Report on horse surra - Volume I
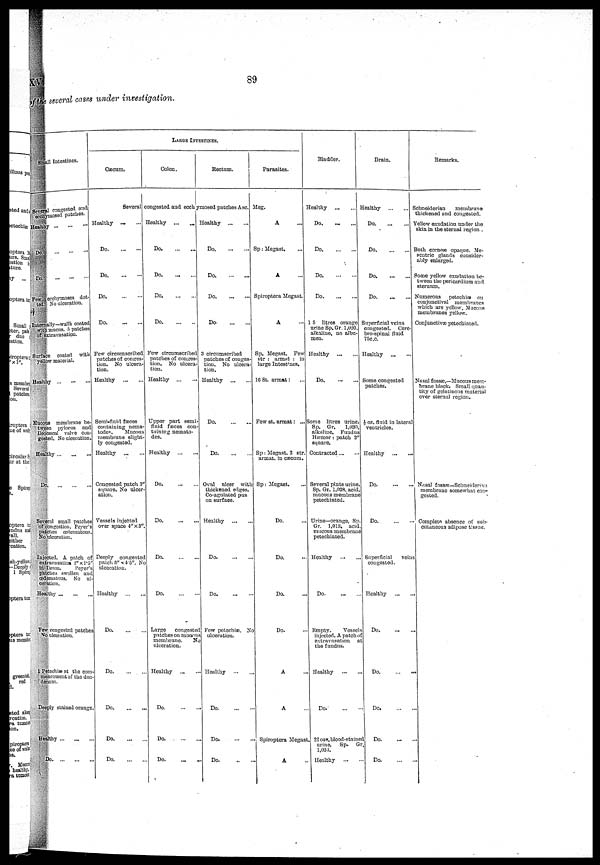
XV.
89
of the several cases under investigation.
Small Intestines.
several congested and
ecchymosed patches.
Healthy ... ... ...
Do. ... ... ...
Do. ... ... ...
Fow ecchymoses dot-
ted. No ulceration.
Internally-walls coated
with mucus. 5 patches
of extravasation.
Surface coatod with
yellow material.
Healthy ... ... ...
Mucous membrane be-
tween pylorus and
Ileocecal valve con-
gested. No ulcoratiou.
Healthy ... ... ...
Do.
...
...
Several small patches
of cougrestiou. Pever's
patches œdeinutoue
No ulceration.
Injected. A patch of
extra ava sation 2" x 1.5"
in-Iieum.
Payer's
patches swollen and
œdenmtous. No ul
ceratiou.
Healthy
Few congested patches
No ulceration.
1 Petechiæ at the com-
menccincutof the duo-
denum.
Deeply stninod orange.
Healthy ... ... ...
Do. ... ...
LAUGH INTESTINES.
Cæcum.
Several
Healthy... ...
Do. ... ...
Do. ... ...
Do. ... ...
Do.
...
...
Few circumscribed
patches of conges-
tion. No ulcera-
tion.
Healthy
...
...
Semi-fluid faeces
containing nema-
todes..
Mucous
membrane slight-
ly congested.
Healthy
Congested patch 3"
square. No ulcer-
ation.
Vessels injected
over space 4"x3".
Deeply coneostcd
patch 5"x-4.5". No
ulcoration.
Hoalthy
...
...
Do.
...
...
Do.
...
...
Do
Do.
...
...
Do.
...
...
Colon.
congested and ecch y
Healthy ... ...
Do. ... ... ...
Do. ... ...
Do. ... ...
Do.
...
...
Few circumscribed
pntches of conges-
tion. No ulcera-
tion.
Healthy
Upper part semi-
fluid fæces con-
taining nemato-
des.
Healthy
Do
Do
Do
Do.
Largo congested
patches on muonus
membrane. No
ulceration.
Healthy ... ...
Do.
...
...
Do.
...
...
Do
Rectum.
mosed patches Asc.
Healthy ... ...
Do. ... ...
Do. ... ...
Do. ... ...
Do-
3 circumscribed
patches of conges-
tion. No ulcera-
tion.
Healthy
...
...
Do.
...
...
Do.
...
...
Oval ulcer with
thickened edges.
Co-aguluted pus
on surfaoe.
Healthy
Do
Do
Few petechiæ. No
ulceration.
Healthy ... ...
Do.
...
...
Do.
...
...
Do. ... ...
Parasites.
Meg.
A ...
Sp: Megast. ...
A ...
Spiroptora Megast.
A ...
Sp. Megast. Few
str : armat : in
large Intestincs.
16 St. armat: ...
Few st. armat: ...
Sp: Megast. 2 str.
armat. iu cæcum.
Sp: Megast.
Do. ...
Do. ...
Do. ...
Do. ...
A ...
A ...
Spiroptera Megast.
A
Bladder.
Healthy ... ...
Do. ... ...
Do. ... ...
Do. ... ...
Do. ... ...
1 5 litres orange
urine Sp.Gr. 1,020
alkaline, no albu-
men.
Healthy ... ...
Do. ... ...
Some litres urine.
Sp. Gr.
1,030,
alkaline. Fundus
Hæmor: patch 2"
square.
Contracted ... ...
Several pints urine.
Sp. Gr. 1,028. acid,
mucous membrane
petechiated.
Urine—orange, Sp
Gr. 1,013, acid
mucous membrane
petechiated.
Healthy ... ...
Do. ... ...
Empty.
Vessels
iujected. A patch of
extravasation at
the fundus.
Healthy ... ...
Do. ... ...
22ozs.bloort-stained
urine, Sp. Gr
1,034.
Healthy ... ...
Brain.
Healthy
...
...
Do. ... ...
Do.
...
...
Do.
...
...
Do.
...
...
Superficial veins
congested. Cere-
bro-spinal fluid
TSc.c.
Healthy
...
...
Some congested
patches.
½ oz.. fluid in lateral
"ventricles.
Healthy
...
...
Do. ... ...
Do. ... ...
Superficial
veins
congested.
Healthy
Do. ... ...
Do.
...
...
Do. ... ...
Do.
Do. ... ...
Remarks.
Schneiderian membrane
thickened and congested.
Yellow exndation under the
skin, in the sternal region .
Both cornoæ opaque. Me-
scntric glands consider-
ably enlarged.
Some yellow exudation be-
tween the pericardium and
sternum.
Numerous petechiæ on
conjunctival membranes
which are yellow. Mucous
membranes yellow.
Conjunctivæ petechiated.
Nasal fossæ,—Mucous mem-
brane blnck. Small quan-
tity of gelatinous material
over sternal region.
Nasal
fossæ—Schneideran
membrane somewhat con-
gested.
Complete absence of sub-
cutaneous adipose tissue.